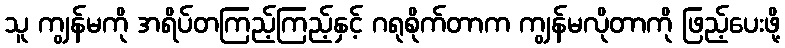
သူ ကျွန်မကို အရိပ်တကြည့်ကြည့်နှင့် ဂရုစိုက်တာက ကျွန်မလိုတာကို ဖြည့်ပေးဖို့